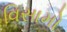
વિસામો